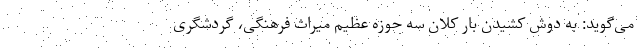
می‌گوید: به دوش کشیدن بار کلان سه حوزه عظیم میراث فرهنگی، گردشگری